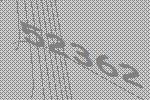
52362